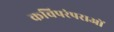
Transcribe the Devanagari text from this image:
कविपरंपराओं